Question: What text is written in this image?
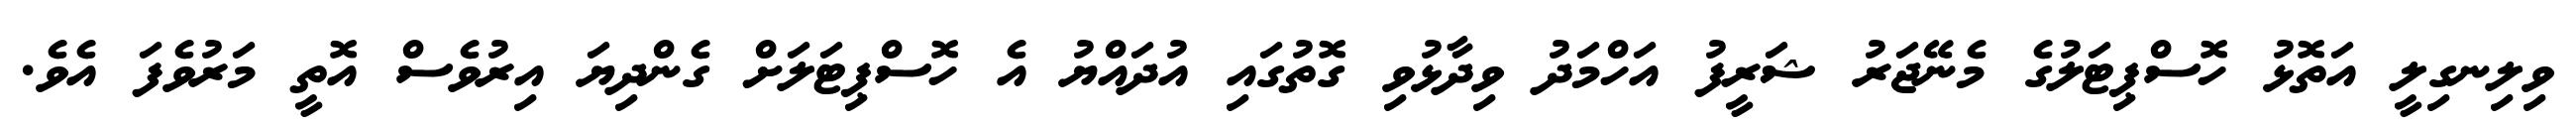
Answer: ވިލިނގިލީ އަތޮޅު ހޮސްޕިޓަލުގެ މެނޭޖަރު ޝަރީފު އަހްމަދު ވިދާޅުވި ގޮތުގައި އުދައްޔު އެ ހޮސްޕިޓަލަށް ގެންދިޔަ އިރުވެސް އޮތީ މަރުވެފަ އެވެ.